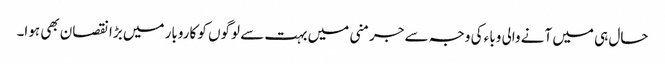
حال ہی میں آنے والی وباء کی وجہ سے جرمنی میں بہت سے لوگوں کو کاروبار میں بڑا نقصان بھی ہوا۔